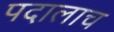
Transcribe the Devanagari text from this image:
पदालाच